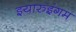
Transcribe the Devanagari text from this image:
इयारुइंगम